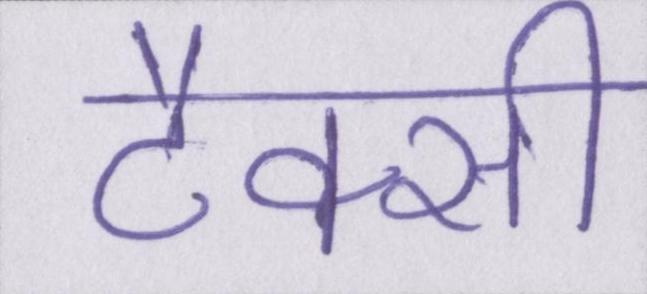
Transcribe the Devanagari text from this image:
टैक्सी